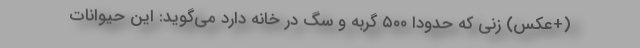
(+عکس) زنی که حدودا ۵۰۰ گربه و سگ در خانه دارد می‌گوید: این حیوانات